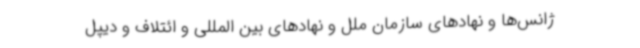
ژانس‌ها و نهادهای سازمان ملل و نهادهای بین المللی و ائتلاف و دیپل